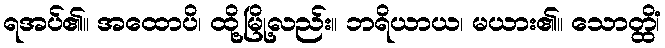
ရအပ်၏။ အထောပိ၊ ထို့မြို့လည်း။ ဘရိယာယ၊ မယား၏။ သောတ္ထိံ၊